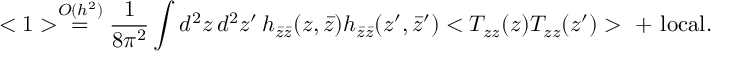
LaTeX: < 1 > \stackrel { O ( h ^ { 2 } ) } { = } \frac { 1 } { 8 \pi ^ { 2 } } \int d ^ { 2 } z \, d ^ { 2 } z ^ { \prime } \, h _ { \bar { z } \bar { z } } ( z , \bar { z } ) h _ { \bar { z } \bar { z } } ( z ^ { \prime } , \bar { z } ^ { \prime } ) < T _ { z z } ( z ) T _ { z z } ( z ^ { \prime } ) > \ + \ \mathrm { l o c a l } .